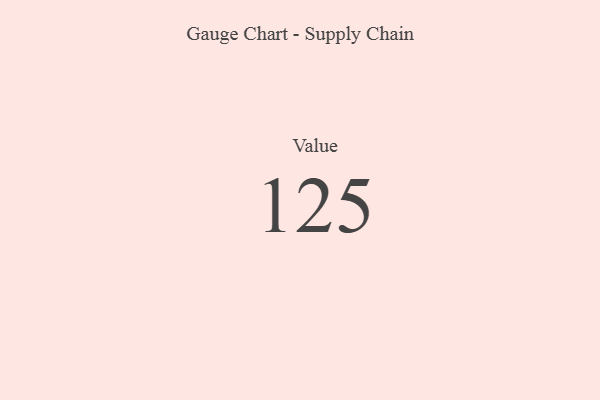
{"axis": {"x": "Metric", "y": "Value"}, "legend": [""], "data": [{"x": "Value", "y": 125, "type": ""}]}